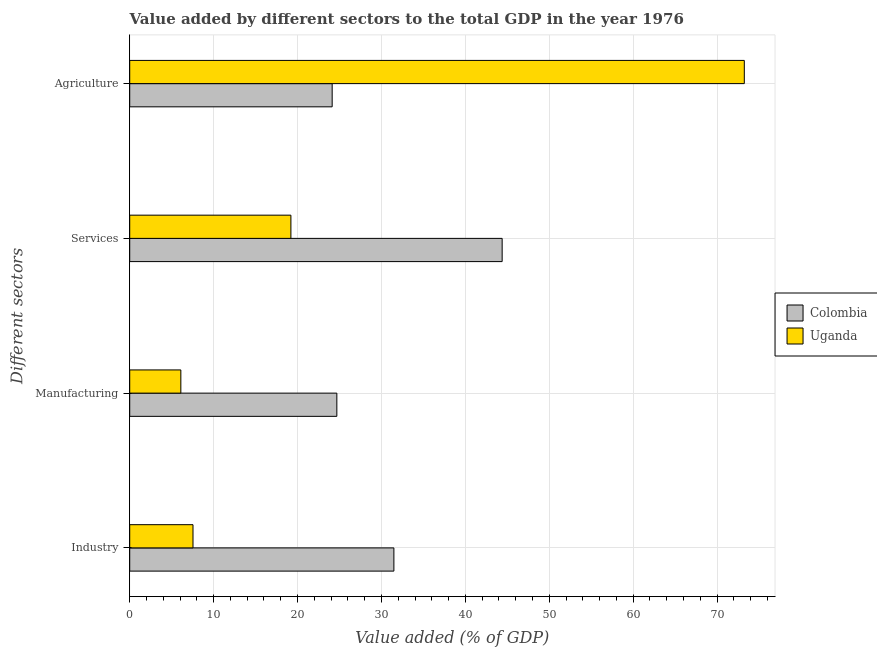
| Different sectors | Colombia | Uganda |
 | --- | --- | --- |
 | Industry | 31.5 | 7.54 |
 | Manufacturing | 24.7 | 6.09 |
 | Services | 44.4 | 19.2 |
 | Agriculture | 24.1 | 73.2 |